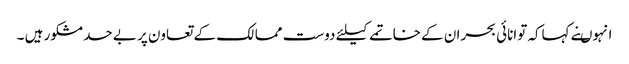
انہوںنے کہاکہ توانائی بحران کے خاتمے کیلئے دوست ممالک کے تعاون پر بے حد مشکور ہیں ۔